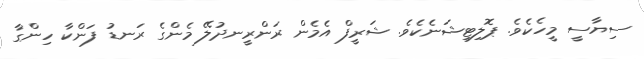
ސިޔާސީ މީހެކެވެ. ޕޮލިޓިޝަނެކެވެ. ޝަރީފް އެމެން ރަންރީނދުލޭ މެންގެ ރަނޑު ފަންކާ ހިންގާ